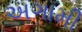
અગામી